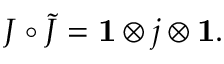
J \circ \tilde { J } = { \bf 1 } \otimes j \otimes { \bf 1 } .